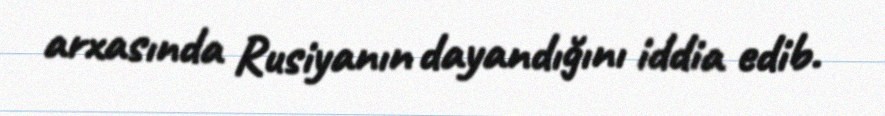
arxasında Rusiyanın dayandığını iddia edib.